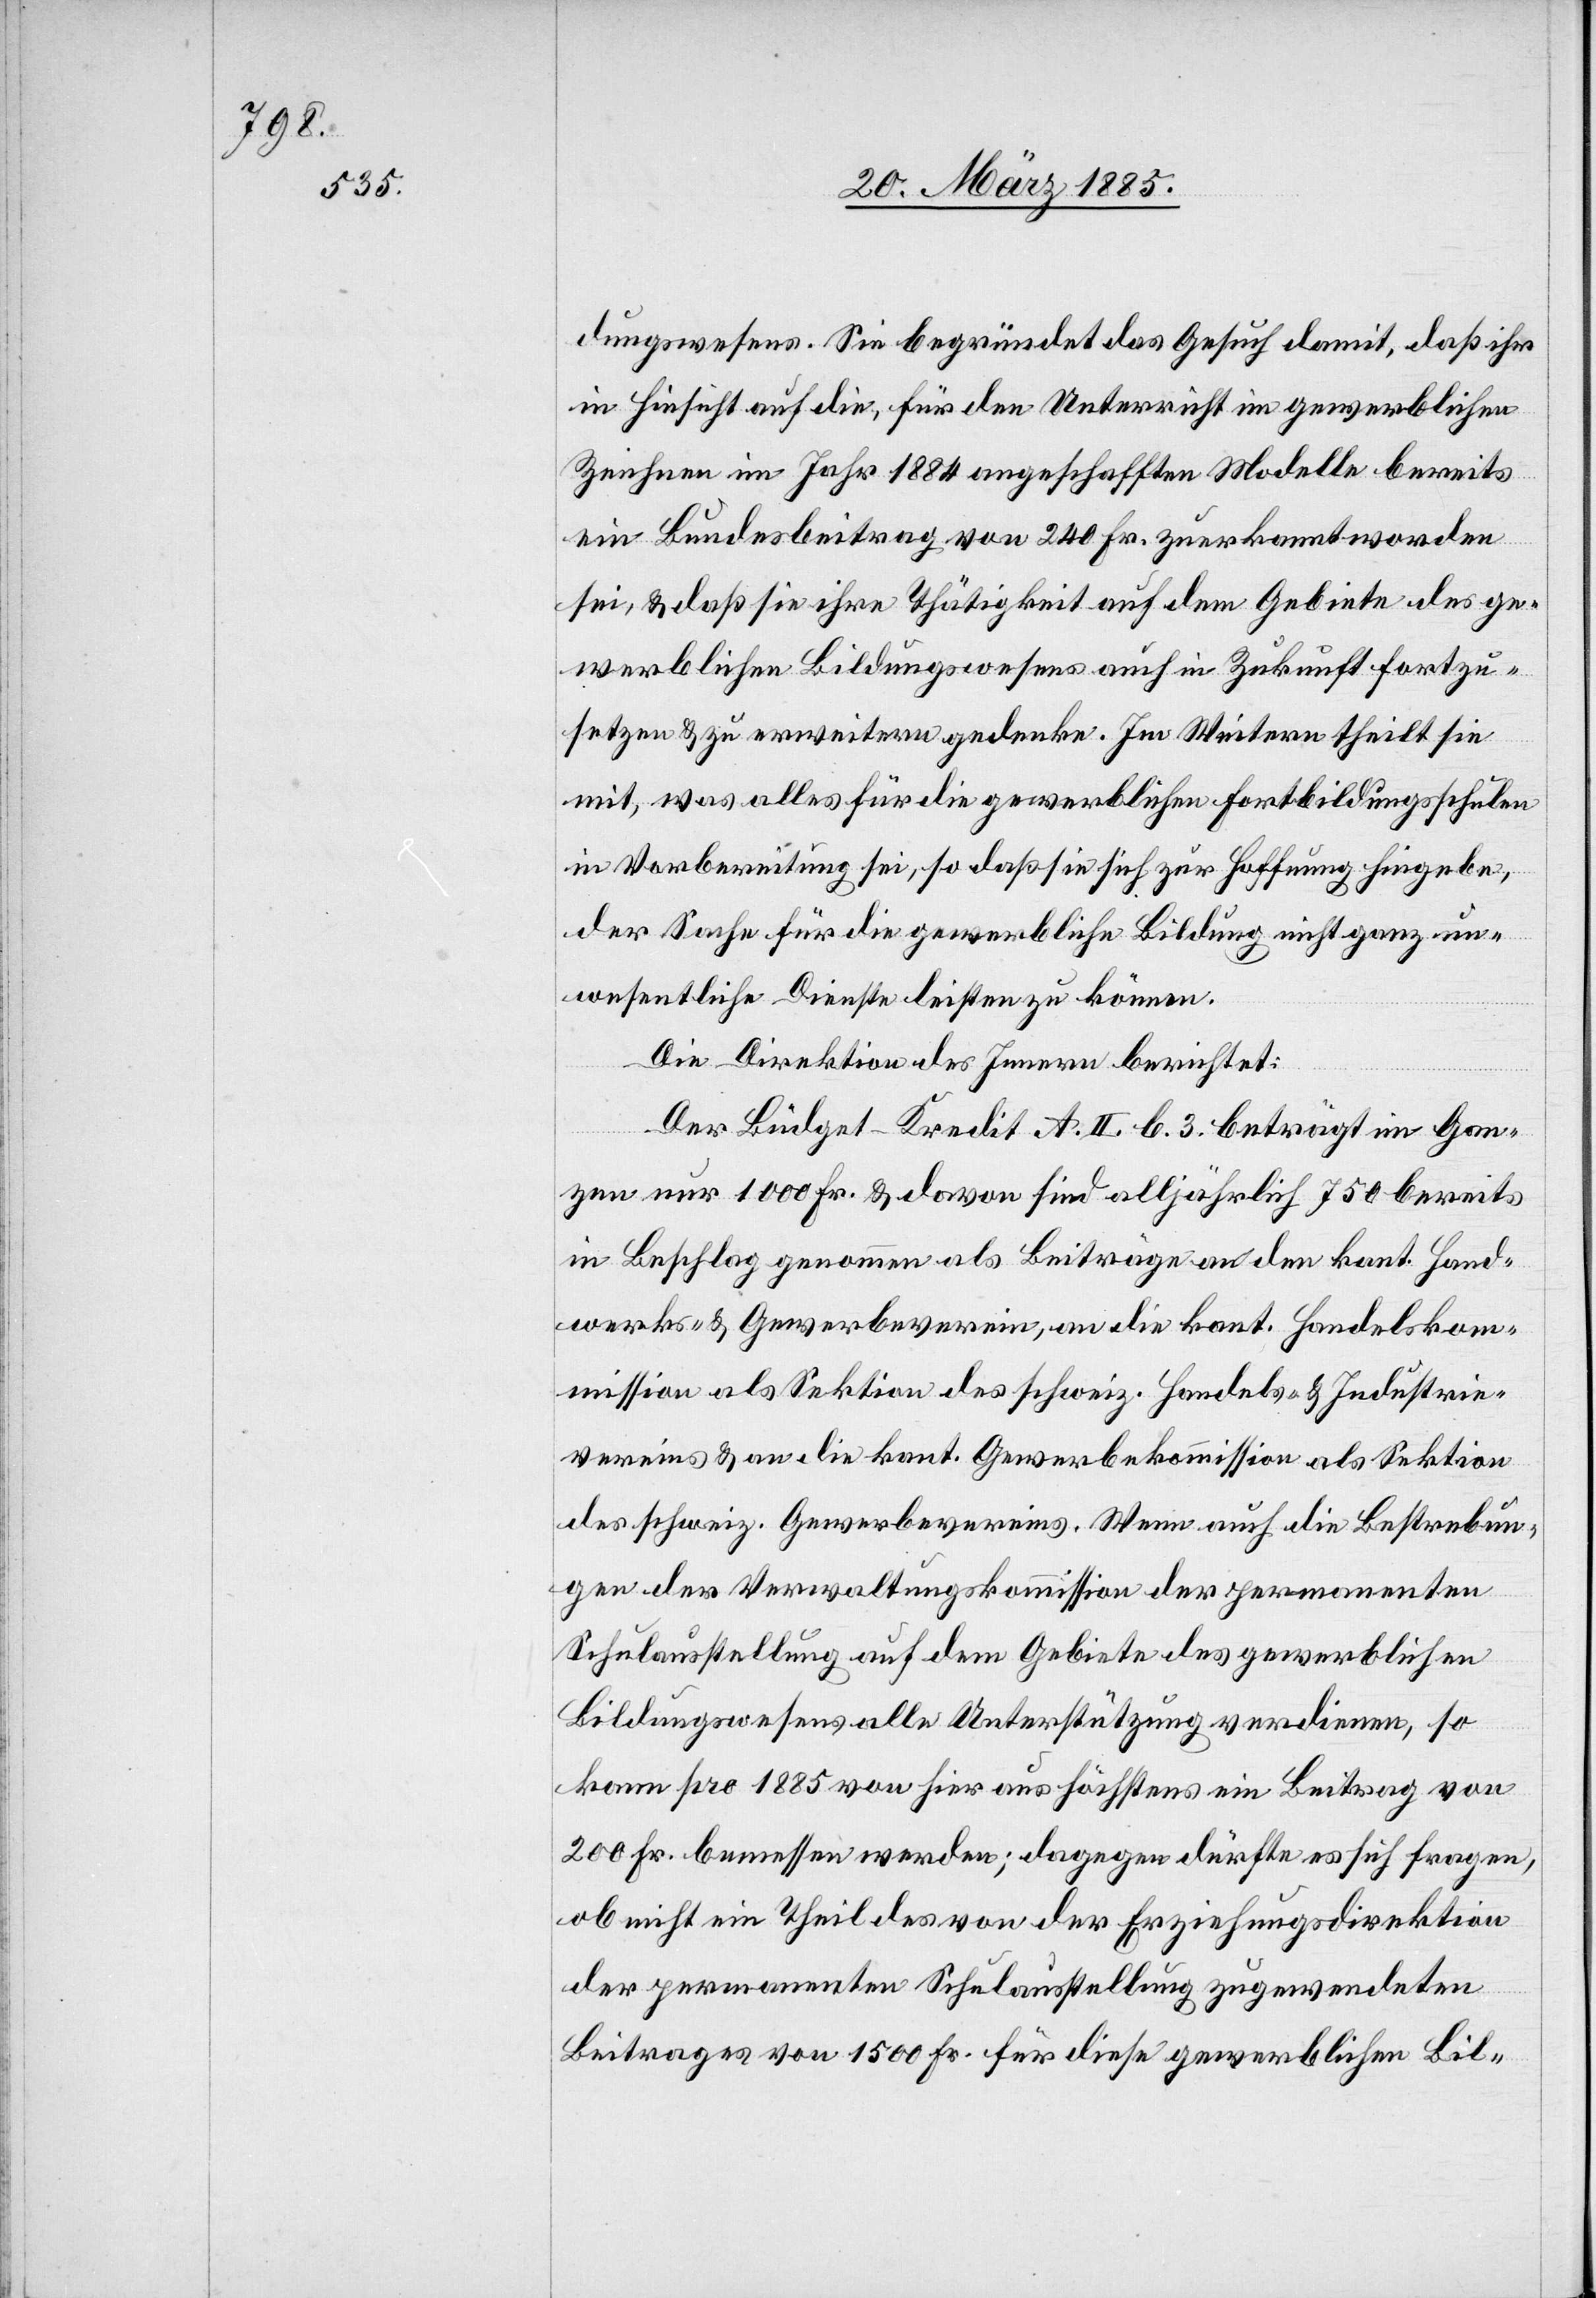
dungswesens. Sie begründet das Gesuch damit, daß ihr
in Hinsicht auf die, für den Unterricht im Gewerblichen
Zeichnen im Jahr 1884 angeschafften Modelle bereits
ein Bundesbeitrag von 240 Fr. zuerkant worden
sei, & daß sie ihre Thätigkeit auf dem Gebiete des ge¬
werblichen Bildungswesens auch in Zukunft fortzu¬
setzen & zu erweitern gedenke. Im Weitern theilt sie
mit, was alles für die gewerblichen Fortbildungsschulen
in Vorbereitung sei, so daß sie in sich zur Hoffnung hingebe,
der Sache für die gewerbliche Bildung nicht ganz un¬
wesentliche Dienste leisten zu können.
Die Direktion des Innern berichtet:
Der Büdget-Kredit A. II. b. 3 beträgt im Gan¬
zen nur 1000 Fr. & davon sind alljährlich 750 bereits
in Beschlag genommen als Beiträge an den kant. Hand¬
werks- & Gewerbeverein, an die kant. Handelskom¬
mission als Sektion des schweiz. Handels- & Industrie¬
vereins & an die kant. Gewerbekommission als Sektion
des schweiz. Gewerbevereins. Wenn auch die Bestrebun¬
gen der Verwaltungskommission der permanenten
Schulausstellung auf dem Gebiete des gewerblichen
Bildungswesens alle Unterstützung verdienen, so
kann pro 1885 von hier aus höchstens ein Beitrag von
200 Fr. bemessen werden; dagegen dürfte es sich fragen,
ob nicht ein Theil des von der Erziehungsdirektion
der permanenten Schulausstellung zugewendeten
Beitrages von 1500 Fr. für diese gewerblichen Bil-